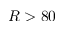
R > 8 0